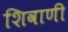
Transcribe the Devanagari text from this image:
शिवाणी